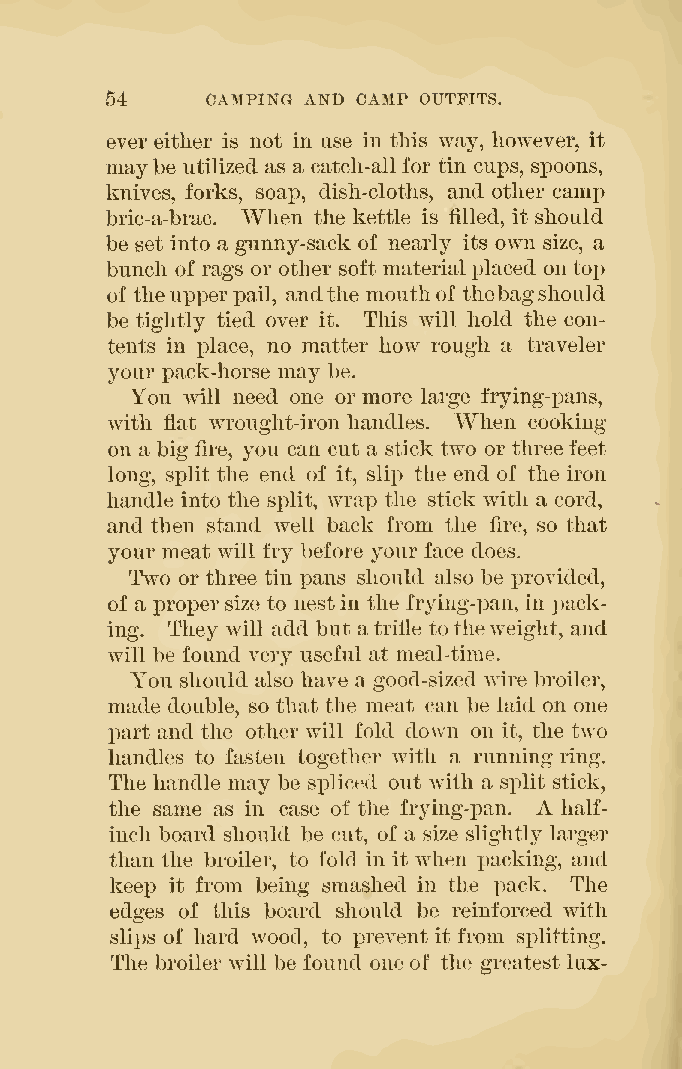
54     CAMPING AND CAMP OUTFITS.
 ever either is not in use in this way, however, it
 maybe utilized as a catch-all for tin cups, spoons,
 knives, forks, soap, dish-cloths, and other camp
 bric-a-brac. When the kettle is filled, it should
 be set into a gunny-sack of nearly its own size, a
 bunch of rags or other soft materialX3laced on top
 of theupperpail, andthe mouthof thebagshould
 be tightly tied over it. This will hold the con-
 tents in place, no matter how rough a traveler
 your pack-horse may be.
 You will need one or more large frjdng-pans,
 with flat wrought-iron handles. When cooking
 on a big fire, you can cut a stick two or threefeet
 long, split the end of it, sli^D the end of the iron
 handle into the split, wrap the stick with a cord,
 and then stand well back from the fire, so that
 your meat will fry before your face does.
 Two or three tin pans should also be provided,
 of a proi^ersize to nestin the frying-pan, in j^ack-
 ing. They will add but atrifle totheweight, and
 will be found very useful at meal-time.
 You should also have a good-sized wire broiler,
 made double, so that the meat can be laid on one
 part and the other will fold down on it, the two
 handles to fasten together with a running ring.
 The handle may be spliced out with a split stick,
 A
 the same as in case of the frying-pan. half-
 inch board should be cut, of a size slightly larger
 than the broiler, to fold in it when packing, and
 keej) it from being smashed in the pack. The
 edges of this board should be reinforced with
 slips of hard wood, to prevent it from splitting.
 The broiler will be found one of the greatest lux-